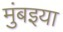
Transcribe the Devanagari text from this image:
मुंबइया